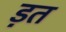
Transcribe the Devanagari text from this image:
ड़त